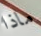
ماذا